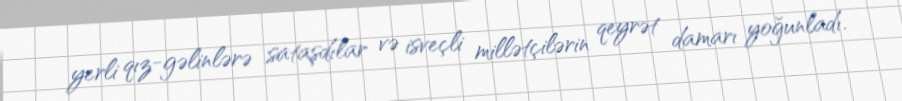
yerli qız-gəlinlərə sataşdılar və isveçli millətçilərin qeyrət damarı yoğunladı.